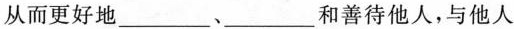
从而更好地___、___和善待他人，与他人